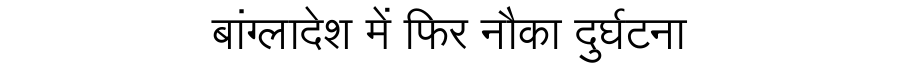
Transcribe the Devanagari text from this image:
बांग्लादेश में फिर नौका दुर्घटना